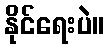
နိုင်ရေးပဲ။